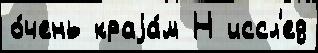
о́чень краjа́м Н иссл'ед